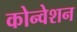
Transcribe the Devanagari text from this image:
कोन्वेशन